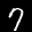
Label: 7